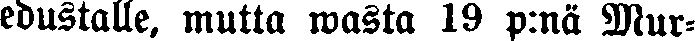
edustalle, mutta wasta 19 p:nä Mur-